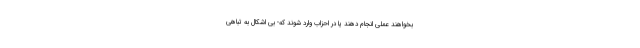
بخواهند عملی انجام دهند یا در احزاب وارد شوند که- بی اشکال به تباهی